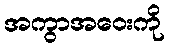
အကွာအဝေးကို